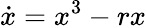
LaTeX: {\dot{x}}=x^{3}-rx